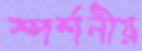
স্পর্শনীয়